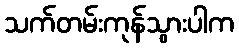
သက်တမ်းကုန်သွားပါက